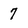
Character: 7